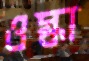
ওস্‌কা